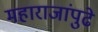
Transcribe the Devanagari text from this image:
महाराजांपुढे